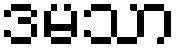
ဒမသာ